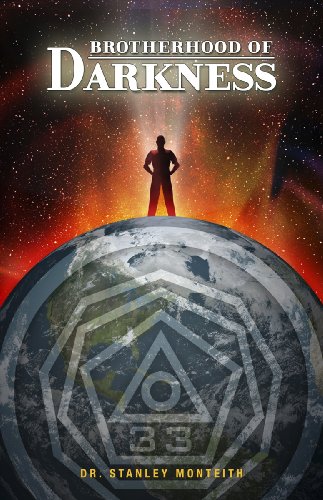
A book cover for Brotherhood of Darkness; Dr. Stanley Monteith; Religion & Spirituality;